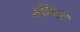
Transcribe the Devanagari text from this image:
ईडिथला